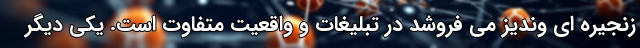
زنجیره ای وندیز می فروشد در تبلیغات و واقعیت متفاوت است. یکی دیگر